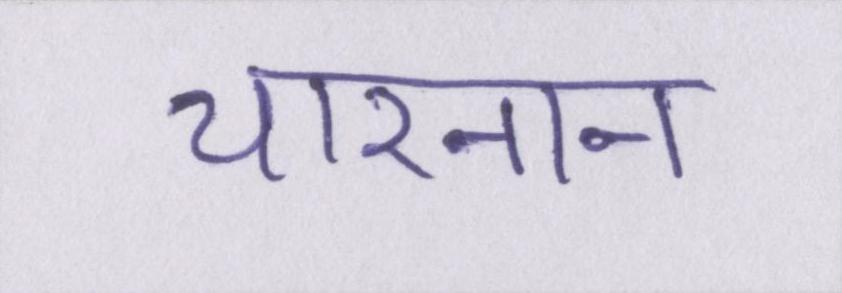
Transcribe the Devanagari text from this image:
चारनान